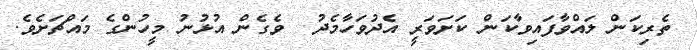
ތެރިކަން ލައްވާފައިވާކަން ކަށަވަރީ އެދުވަހާމެދު  ވެގެން އުޅުނު މީހުންގެ މައްޗަށެވެ.